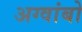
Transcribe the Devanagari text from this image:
अग्वांबो